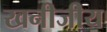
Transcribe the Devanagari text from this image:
खनीजीय